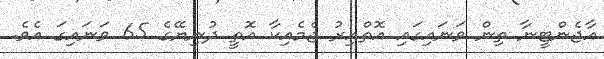
އާޖެންޓީނާ ތިން ވަނައިގައި އޮތްއިރު ޖެމެއިކާ އޮތީ ދުނިޔޭގެ 65 ވަނައިގަ އެވެ.